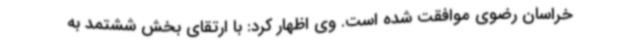
خراسان رضوی موافقت شده است. وی اظهار کرد: با ارتقای بخش ششتمد به